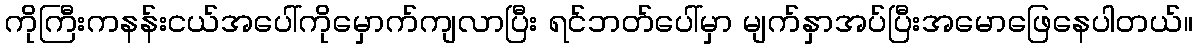
ကိုကြီးကနန်းငယ်အပေါ်ကိုမှောက်ကျလာပြီး ရင်ဘတ်ပေါ်မှာ မျက်နှာအပ်ပြီးအမောဖြေနေပါတယ်။